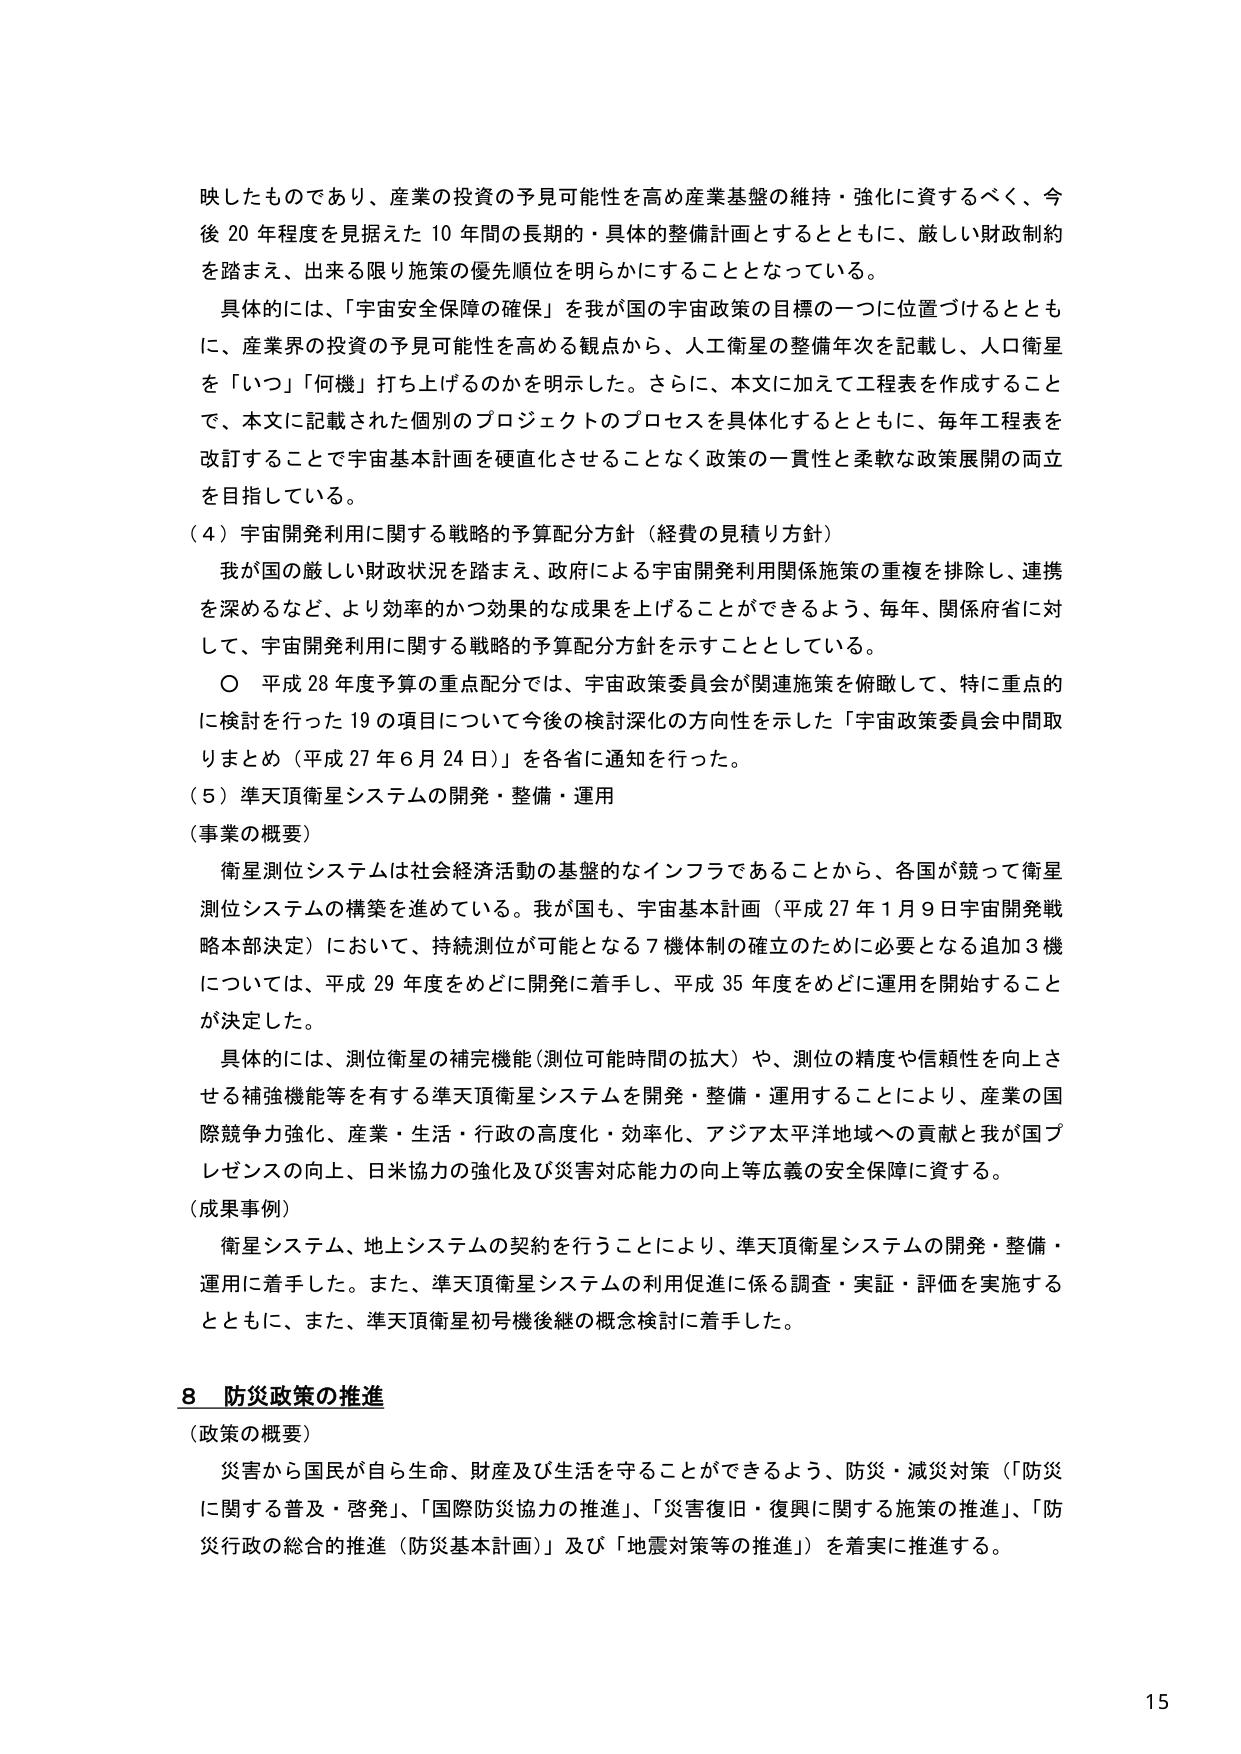
映したものであり、産業の投資の予見可能性を高め産業基盤の維持・強化に資するべく、今後20年程度を見据えた10年間の長期的・具体的整備計画とするとともに、厳しい財政制約を踏まえ、出来る限り施策の優先順位を明らかにすることとなっている。

具体的には、「宇宙安全保障の確保」を我が国の宇宙政策の目標の一つに位置づけるとともに、産業界の投資の予見可能性を高める観点から、人工衛星の整備年次を記載し、人口衛星を「いつ」「何機」打ち上げるのかを明示した。さらに、本文に加えて工程表を作成することで、本文に記載された個別のプロジェクトのプロセスを具体化するとともに、毎年工程表を改訂することで宇宙基本計画を硬直化させることなく政策の一貫性と柔軟な政策展開の両立を目指している。

（4）宇宙開発利用に関する戦略的予算配分方針（経費の見積り方針）

我が国の厳しい財政状況を踏まえ、政府による宇宙開発利用関係施策の重複を排除し、連携を深めるなど、より効率的かつ効果的な成果を上げることができるように、毎年、関係府省に対して、宇宙開発利用に関する戦略的予算配分方針を示すこととしている。

〇 平成28年度予算の重点配分では、宇宙政策委員会が関連施策を俯瞰して、特に重点的に検討を行った19の項目について今後の検討深化の方向性を示した「宇宙政策委員会中間取りまとめ（平成27年6月24日）」を各省に通知を行った。

（5）準天頂衛星システムの開発・整備・運用

（事業の概要）

衛星測位システムは社会経済活動の基盤的なインフラであることから、各国が競って衛星測位システムの構築を進めている。我が国も、宇宙基本計画（平成27年1月9日宇宙開発戦略本部決定）において、持続測位が可能となる7機体制の確立のために必要となる追加3機については、平成29年度をめどに開発に着手し、平成35年度をめどに運用を開始することが決定した。

具体的には、測位衛星の補完機能（測位可能時間の拡大）や、測位の精度や信頼性を向上させる補強機能等を有する準天頂衛星システムを開発・整備・運用することにより、産業の国際競争力強化、産業・生活・行政の高度化・効率化、アジア太平洋地域への貢献と我が国プレゼンスの向上、日米協力の強化及び災害対応能力の向上等広義の安全保障に資する。

（成果事例）

衛星システム、地上システムの契約を行うことにより、準天頂衛星システムの開発・整備・運用に着手した。また、準天頂衛星システムの利用促進に係る調査・実証・評価を実施するとともに、また、準天頂衛星初号機後継の概念検討に着手した。

8 防災政策の推進

（政策の概要）

災害から国民が自ら生命、財産及び生活を守ることができるよう、防災・減災対策（「防災に関する普及・啓発」、「国際防災協力の推進」、「災害復旧・復興に関する施策の推進」、「防災行政の総合的推進（防災基本計画）」及び「地震対策等の推進」）を着実に推進する。

15